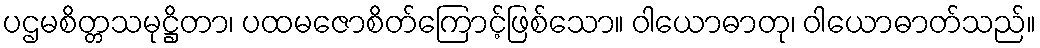
ပဌမစိတ္တသမုဋ္ဌိတာ၊ ပထမဇောစိတ်ကြောင့်ဖြစ်သော။ ဝါယောဓာတု၊ ဝါယောဓာတ်သည်။